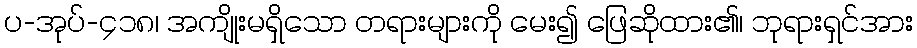
ပ-အုပ်-၄၁၈၊ အကျိုးမရှိသော တရားများကို မေး၍ ဖြေဆိုထား၏၊ ဘုရားရှင်အား